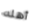
أهله